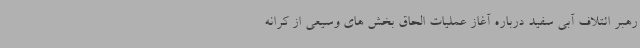
رهبر ائتلاف آبی سفید درباره آغاز عملیات الحاق بخش های وسیعی از کرانه